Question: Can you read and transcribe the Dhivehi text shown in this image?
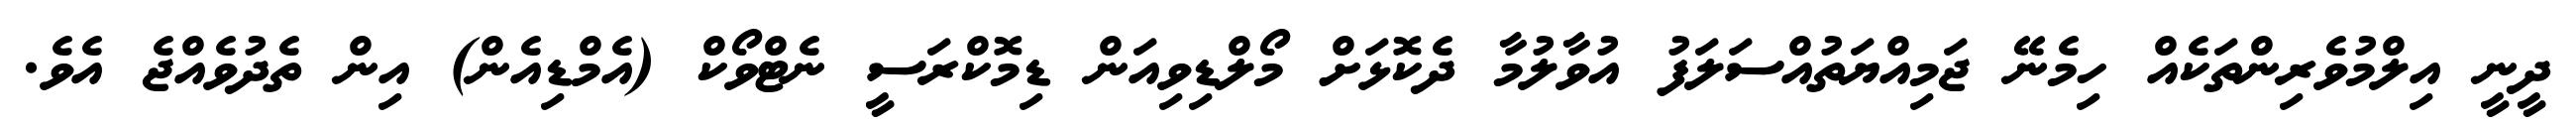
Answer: ދީނީ އިލްމުވެރިންތަކެއް ހިމެނޭ ޖަމިއްޔަތުއްސަލަފު އުވާލުމާ ދެކޮޅަށް މޯލްޑިވިއަން ޑިމޮކްރަސީ ނެޓްވޯކް (އެމްޑިއެން) އިން ތެދުވެއްޖެ އެވެ.